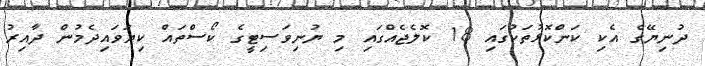
ދުނިޔޭގެ އެކި ކަންކޮޅުތަކުގައި 18 ކޮލެޖެއްގައި މި ޔުނިވަސިޓީގެ ކޯސްތައް ކިޔަވައިދެމުން ދާއިރު